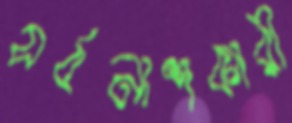
সর্বনাশকারী